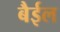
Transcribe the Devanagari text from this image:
बैईल